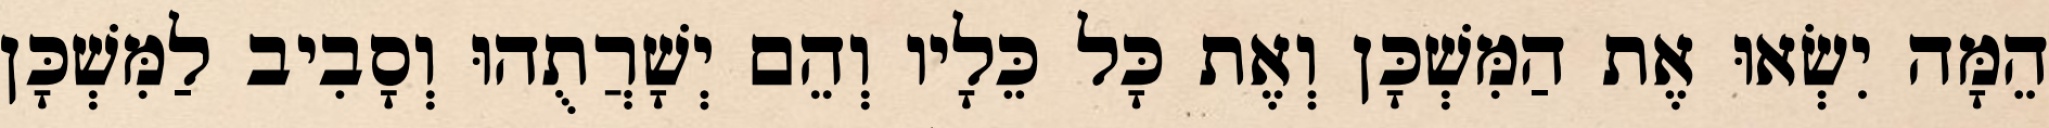
הֵמָּה יִשְׂאוּ אֶת הַמִּשְׁכָּן וְאֶת כָּל כֵּלָיו וְהֵם יְשָׁרֲתֻהוּ וְסָבִיב לַמִּשְׁכָּן